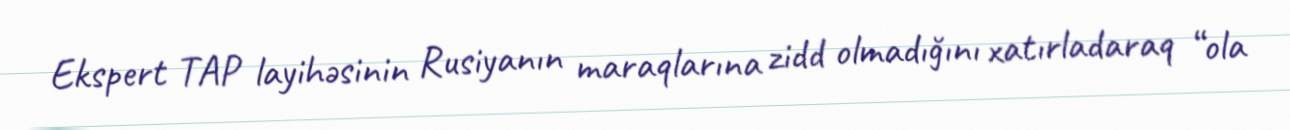
Ekspert TAP layihəsinin Rusiyanın maraqlarına zidd olmadığını xatırladaraq “ola